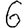
Digit: 6